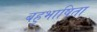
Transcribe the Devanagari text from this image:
बहुभाषिता